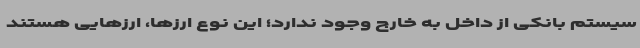
سیستم بانکی از داخل به خارج وجود ندارد؛ این نوع ارزها، ارزهایی هستند